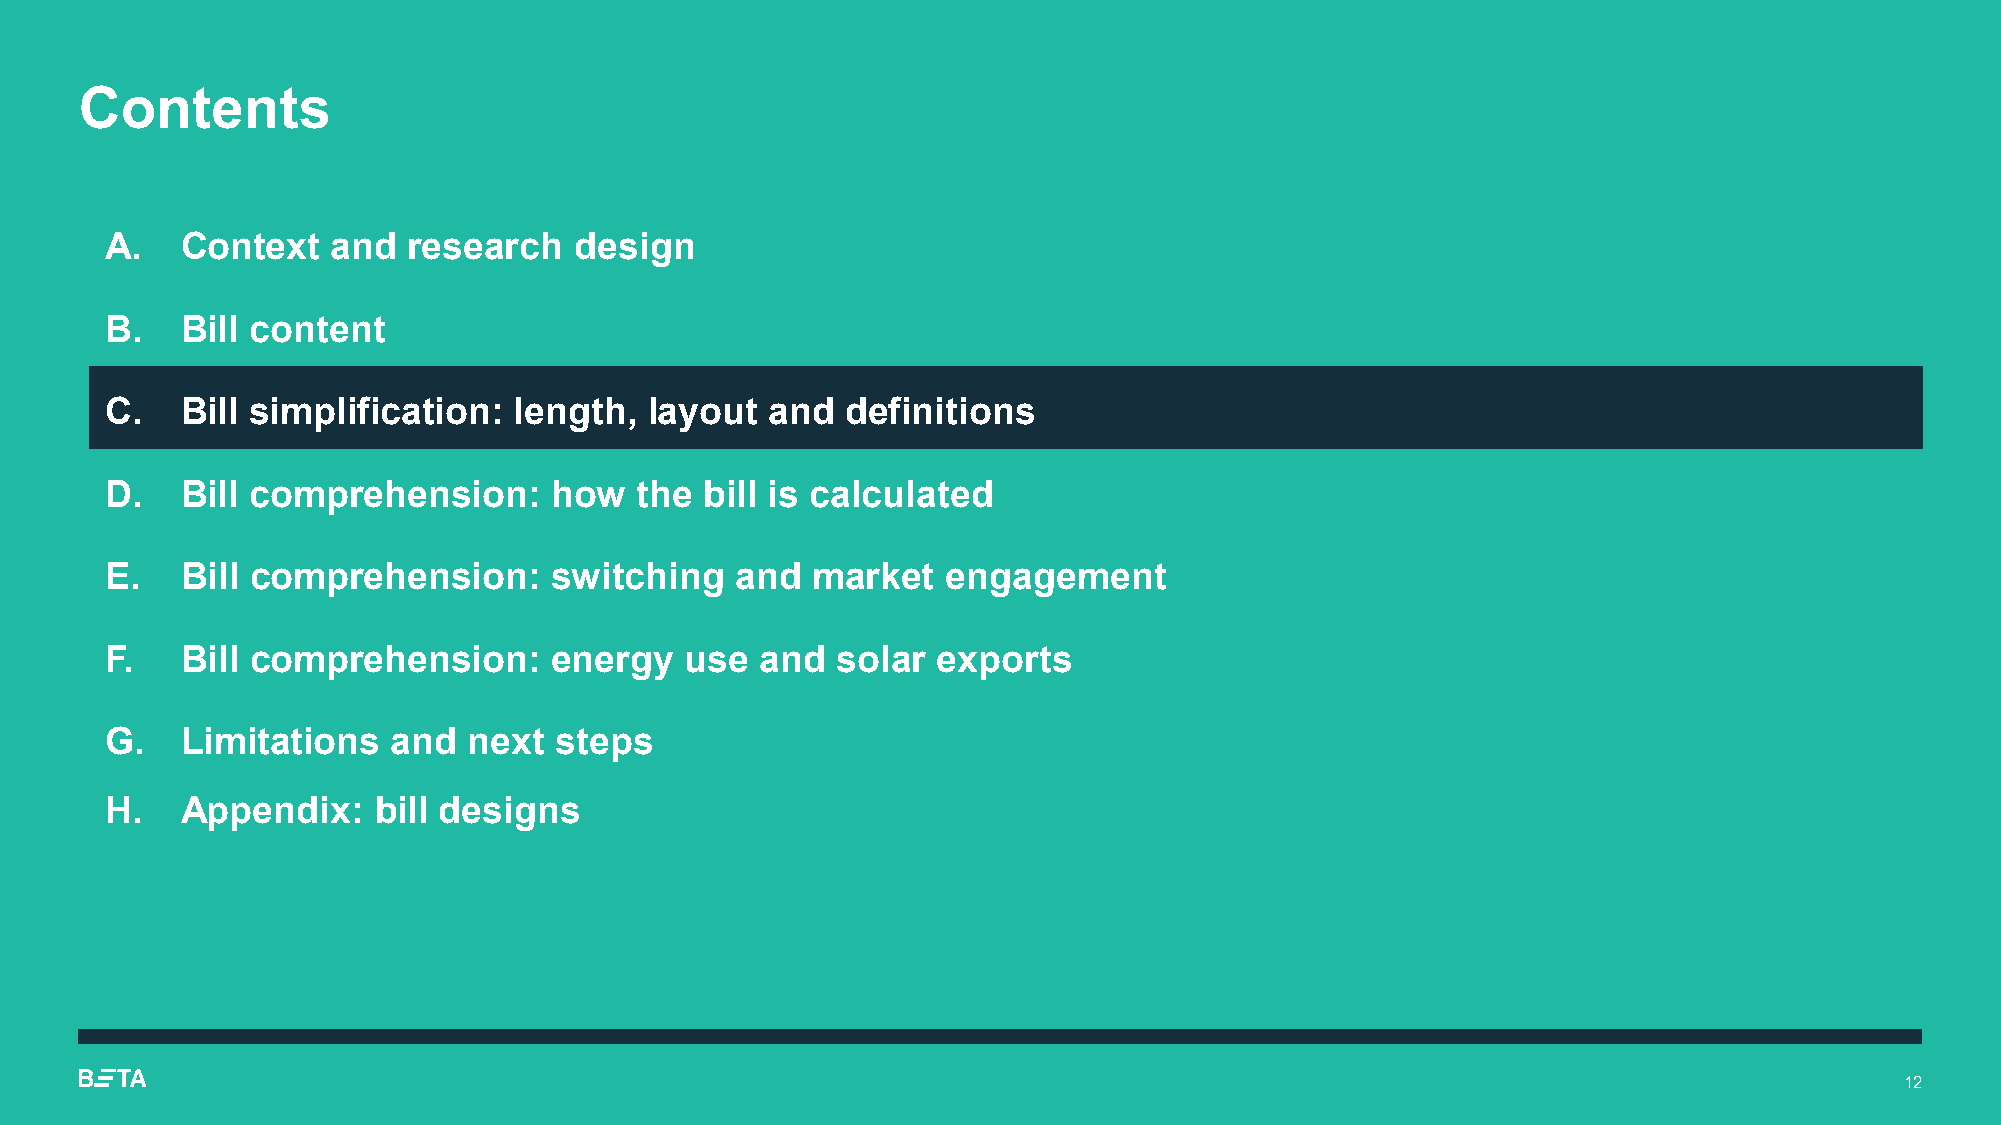
Contents
 A.   Context   and  research   design
 B.   Bill content
 C.   Bill simplification:  length,  layout  and  definitions
 D.   Bill comprehension:      how  the  bill is calculated
 E.   Bill comprehension:      switching   and  market   engagement
 F.   Bill comprehension:      energy  use  and  solar  exports
 G.   Limitations   and  next  steps
 H.   Appendix:    bill designs
 12